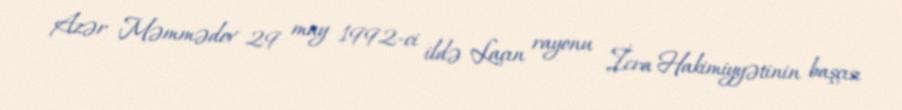
Azər Məmmədov 29 may 1992-ci ildə Laçın rayonu İcra Hakimiyyətinin başçısı